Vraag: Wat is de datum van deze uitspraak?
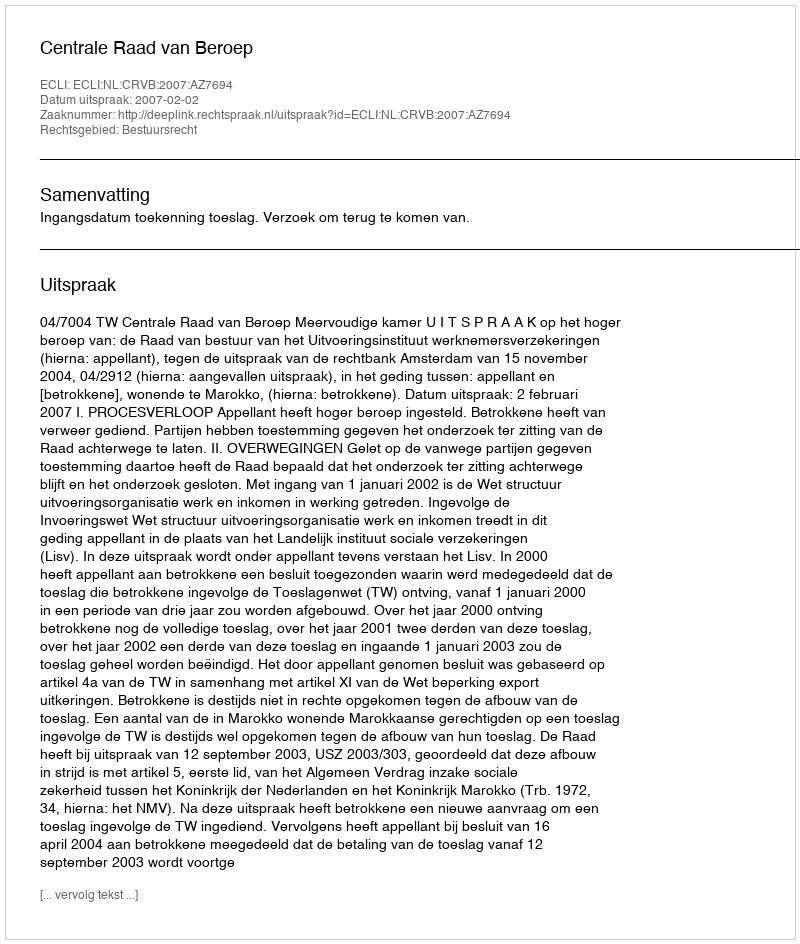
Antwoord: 2007-02-02